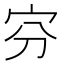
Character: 𡧋